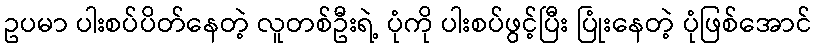
ဥပမာ ပါးစပ်ပိတ်နေတဲ့ လူတစ်ဦးရဲ့ ပုံကို ပါးစပ်ဖွင့်ပြီး ပြုံးနေတဲ့ ပုံဖြစ်အောင်